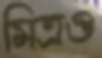
মিত্রও